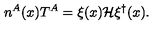
n ^ { A } ( x ) T ^ { A } = \xi ( x ) { \cal H } \xi ^ { \dagger } ( x ) .